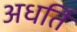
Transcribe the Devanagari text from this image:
अधर्ति